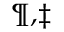
^ { \mathparagraph , \ddagger }